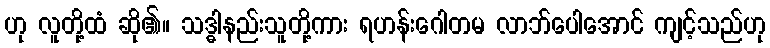
ဟု လူတို့ထံ ဆို၏။ သဒ္ဓါနည်းသူတို့ကား ရဟန်းဂေါတမ လာဘ်ပေါအောင် ကျင့်သည်ဟု